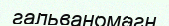
гальваномагн